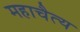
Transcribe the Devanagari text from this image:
महाचैत्‍य